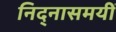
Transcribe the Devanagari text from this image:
निद्नासमयीं